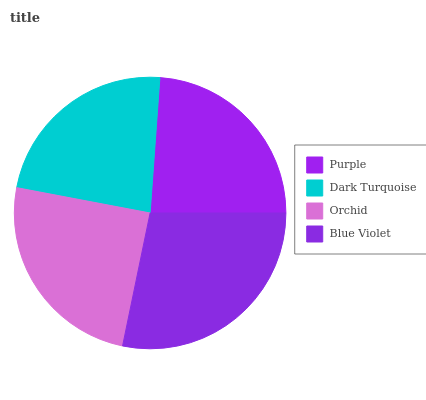
| Purple | Dark Turquoise | Orchid | Blue Violet |
 | --- | --- | --- | --- |
 | 23.9% | 23.2% | 24.7% | 28.2% |